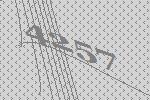
4257